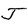
Character: J